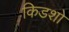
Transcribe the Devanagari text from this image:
किडशो